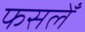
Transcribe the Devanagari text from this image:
फसलेँ